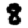
Digit: 8